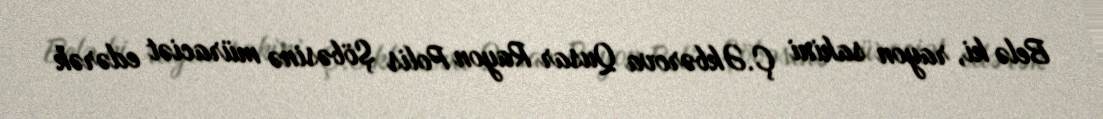
Belə ki, rayon sakini Ç.Əkbərova Qusar Rayon Polis Şöbəsinə müraciət edərək